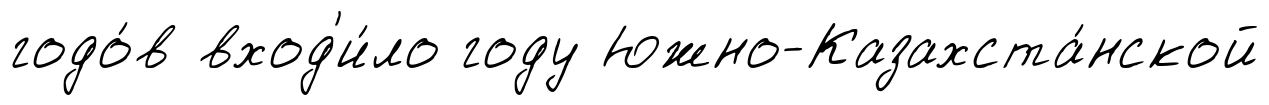
годо́в вход'и́ло году Южно-Казахста́нской